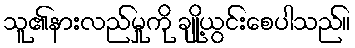
သူ၏နားလည်မှုကို ချို့ယွင်းစေပါသည်။